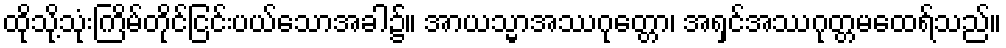
ထိုသို့သုံးကြိမ်တိုင်ငြင်းပယ်သောအခါ၌။ အာယသ္မာအဿဂုတ္တော၊ အရှင်အဿဂုတ္တမထေရ်သည်။